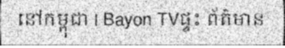
នៅកម្ពុជា | Bayon TVផ្ទះ ព័ត៌មាន